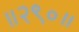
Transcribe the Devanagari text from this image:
॥२९०॥